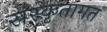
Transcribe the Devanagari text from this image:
संस्कृतागत